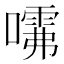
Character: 𱔺